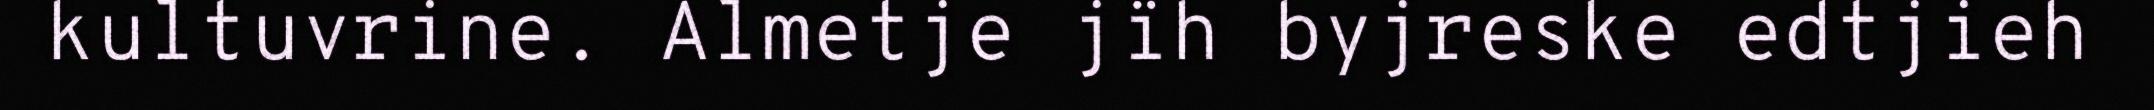
kultuvrine. Almetje jïh byjreske edtjieh